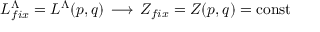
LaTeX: L _ { f i x } ^ { \Lambda } = L ^ { \Lambda } ( p , q ) \, \longrightarrow \, Z _ { f i x } = Z ( p , q ) = \mathrm { c o n s t }